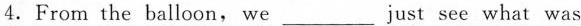
4.From the balloon, we___ just see what was